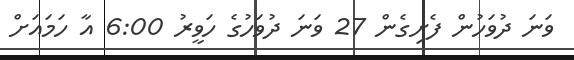
ވަނަ ދުވަހުން ފެށިގެން 27 ވަނަ ދުވަހުގެ ހަވީރު 6:00 އާ ހަމައަށް